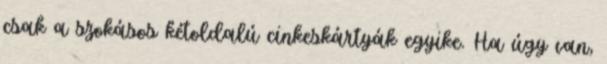
csak a szokásos kétoldalú cinkeskártyák egyike. Ha úgy van,